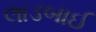
લાડબાઈ